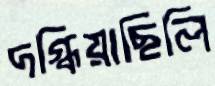
দগ্ধিয়াছিলি